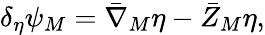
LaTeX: \delta_{\eta}\psi_{M}={\bar{\nabla}}_{M}\eta-{\bar{Z}}_{M}\eta,